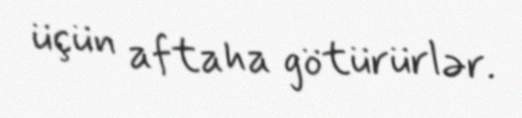
üçün aftaha götürürlər.